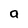
Character: a